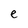
Character: e